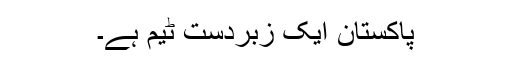
پاکستان ایک زبردست ٹیم ہے۔